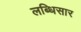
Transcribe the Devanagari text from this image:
लब्धिसार